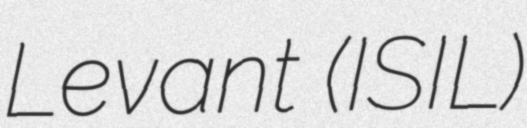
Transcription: Levant (ISIL)